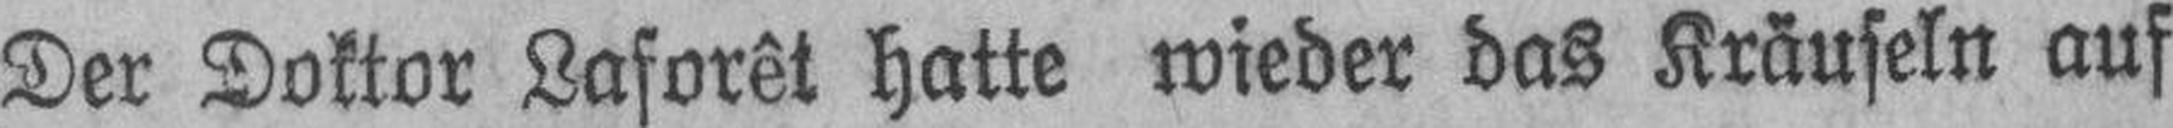
Der Doktor Laforêt hatte wieder das Kräuseln auf